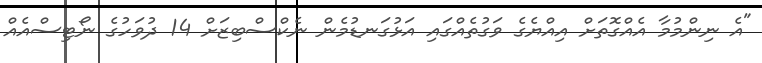
"އެ ނިންމުމާ އެއްގޮތަށް އިއްޔެގެ ވަގުތެއްގައި އަޅުގަނޑުމެން ނެކްސްބިޒަށް 14 ދުވަހުގެ ނޯޓިސްއެއް